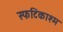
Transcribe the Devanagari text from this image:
स्फटिकाश्म